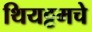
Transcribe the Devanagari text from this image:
थियट्टमचे